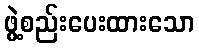
ဖွဲ့စည်းပေးထားသော